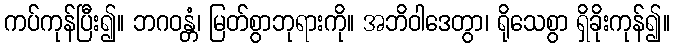
ကပ်ကုန်ပြီး၍။ ဘဂဝန္တံ၊ မြတ်စွာဘုရားကို။ အဘိဝါဒေတွာ၊ ရိုသေစွာ ရှိခိုးကုန်၍။